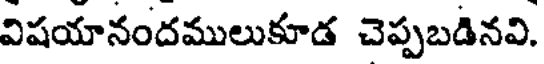
విషయానందములుకూడ చెప్పబడినవి.